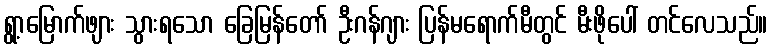
ရွာ့မြောက်ဖျား သွားရသော ခြေမြန်တော် ဦးဂန်ဂျား ပြန်မရောက်မီတွင် မီးဖိုပေါ် တင်လေသည်။